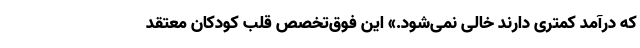
که درآمد کمتری دارند خالی نمی‌شود.» این فوق‌تخصص قلب کودکان معتقد